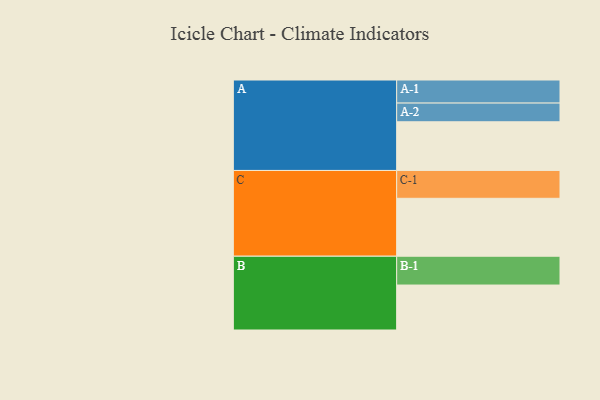
{"axis": {"x": "Segment", "y": "Value"}, "legend": ["", "A", "B", "C"], "data": [{"x": "A", "y": 458, "type": ""}, {"x": "B", "y": 423, "type": ""}, {"x": "C", "y": 545, "type": ""}, {"x": "A-1", "y": 217, "type": "A"}, {"x": "A-2", "y": 176, "type": "A"}, {"x": "B-1", "y": 271, "type": "B"}, {"x": "C-1", "y": 262, "type": "C"}]}